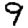
Digit: 9